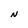
Character: N